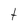
Character: t